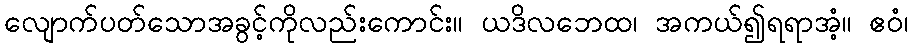
လျောက်ပတ်သောအခွင့်ကိုလည်းကောင်း။ ယဒိလဘေထ၊ အကယ်၍ရရာအံ့။ ဧဝံ၊